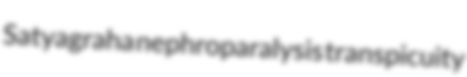
Satyagraha nephroparalysis transpicuity